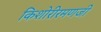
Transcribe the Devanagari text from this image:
किशोरीरमणजी